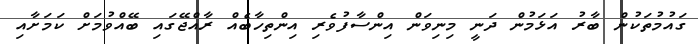
ގައުމުތަކުން ބާރު އަޅަމުން ދަނީ މިނިވަން އިންސާފުވެރި އިންތިހާބެއް ރާއްޖޭގައި ބޭއްވުމަށް ކަމަށާއި